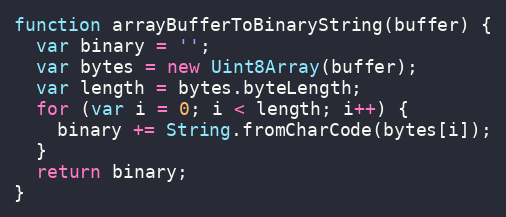
Language: JavaScript
function arrayBufferToBinaryString(buffer) {
  var binary = '';
  var bytes = new Uint8Array(buffer);
  var length = bytes.byteLength;
  for (var i = 0; i < length; i++) {
    binary += String.fromCharCode(bytes[i]);
  }
  return binary;
}